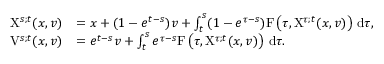
\begin{array} { r l } { \mathrm { X } ^ { s ; t } ( x , v ) } & { = x + ( 1 - e ^ { t - s } ) v + \int _ { t } ^ { s } ( 1 - e ^ { \tau - s } ) \mathrm { F } \left( \tau , \mathrm { X } ^ { \tau ; t } ( x , v ) \right) \, \mathrm { d } \tau , } \\ { \mathrm { V } ^ { s ; t } ( x , v ) } & { = e ^ { t - s } v + \int _ { t } ^ { s } e ^ { \tau - s } \mathrm { F } \left( \tau , \mathrm { X } ^ { \tau ; t } ( x , v ) \right) \, \mathrm { d } \tau . } \end{array}